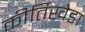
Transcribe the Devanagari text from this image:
कीर्तिखेडा